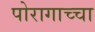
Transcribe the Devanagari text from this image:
पोरागाच्चा